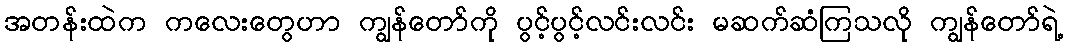
အတန်းထဲက ကလေးတွေဟာ ကျွန်တော်ကို ပွင့်ပွင့်လင်းလင်း မဆက်ဆံကြသလို ကျွန်တော်ရဲ့